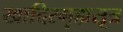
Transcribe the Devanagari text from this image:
खादिरगृह्यसूत्र